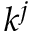
k ^ { j }